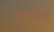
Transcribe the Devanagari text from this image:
०७३४